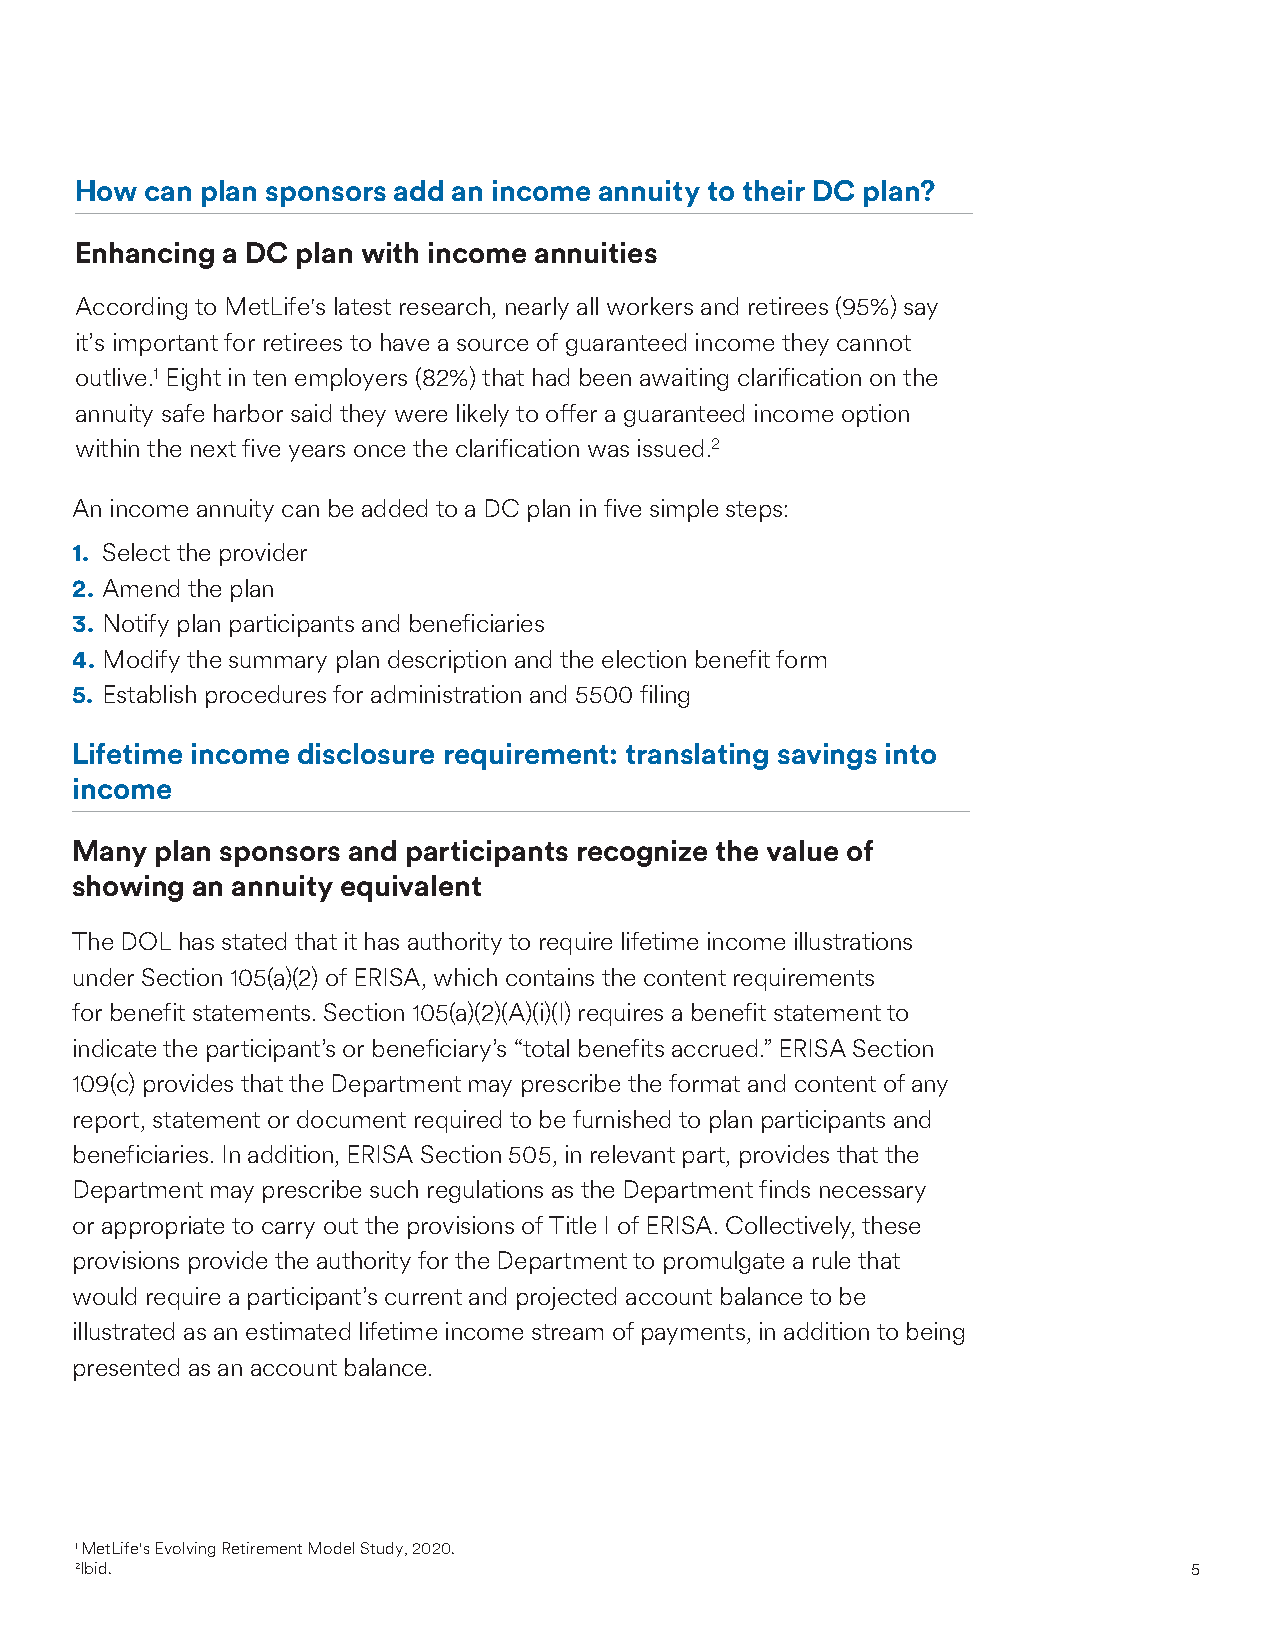
How  can plan sponsors add an income annuity to their DC plan?
 Enhancing a DC plan with income annuities
 According to MetLife's latest research, nearly all workers and retirees (95%) say
 it’s important for retirees to have a source of guaranteed income they cannot
 outlive.1 Eight in ten employers (82%) that had been awaiting clarification on the
 annuity safe harbor said they were likely to offer a guaranteed income option
 within the next five years once the clarification was issued.2
 An income annuity can be added to a DC plan in five simple steps:
 1. Select the provider
 2. Amend the plan
 3. Notify plan participants and beneficiaries
 4. Modify the summary plan description and the election benefit form
 5. Establish procedures for administration and 5500 filing
 Lifetime income disclosure requirement: translating savings into
 income
 Many plan sponsors and participants recognize the value of
 showing an annuity equivalent
 The DOL has stated that it has authority to require lifetime income illustrations
 under Section 105(a)(2) of ERISA, which contains the content requirements
 for benefit statements. Section 105(a)(2)(A)(i)(I) requires a benefit statement to
 indicate the participant’s or beneficiary’s “total benefits accrued.” ERISA Section
 109(c) provides that the Department may prescribe the format and content of any
 report, statement or document required to be furnished to plan participants and
 beneficiaries. In addition, ERISA Section 505, in relevant part, provides that the
 Department may prescribe such regulations as the Department finds necessary
 or appropriate to carry out the provisions of Title I of ERISA. Collectively, these
 provisions provide the authority for the Department to promulgate a rule that
 would require a participant’s current and projected account balance to be
 illustrated as an estimated lifetime income stream of payments, in addition to being
 presented as an account balance.
 1 MetLife's Evolving Retirement Model Study, 2020.
 2Ibid.                                                                    5